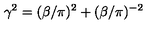
\gamma ^ { 2 } = ( \beta / \pi ) ^ { 2 } + ( \beta / \pi ) ^ { - 2 }